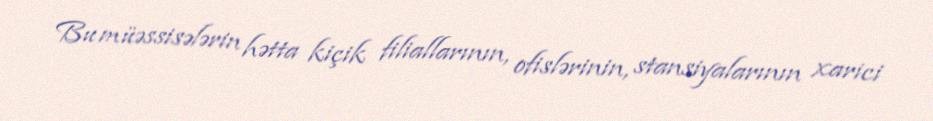
Bu müəssisələrin hətta kiçik filiallarının, ofislərinin, stansiyalarının xarici